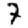
Digit: 7